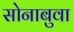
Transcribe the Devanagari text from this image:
सोनाबुवा